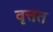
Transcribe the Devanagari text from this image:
वृत्तत